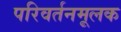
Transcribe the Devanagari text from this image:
परिवर्तनमूलक